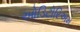
ઓડિટોરિઅમ